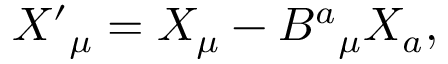
X ^ { \prime } { } _ { \mu } = X _ { \mu } - B ^ { a } { } _ { \mu } X _ { a } ,